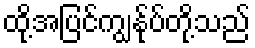
ထို့အပြင်ကျွန်ုပ်တို့သည်